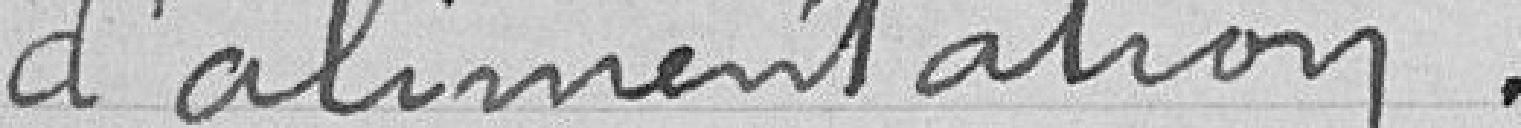
d'alimentation.